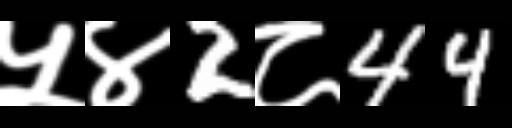
Text: ५४2८44